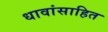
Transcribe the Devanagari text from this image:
धावांसाहित